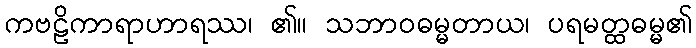
ကဗဠိကာရာဟာရဿ၊ ၏။ သဘာဝဓမ္မတာယ၊ ပရမတ္ထဓမ္မ၏